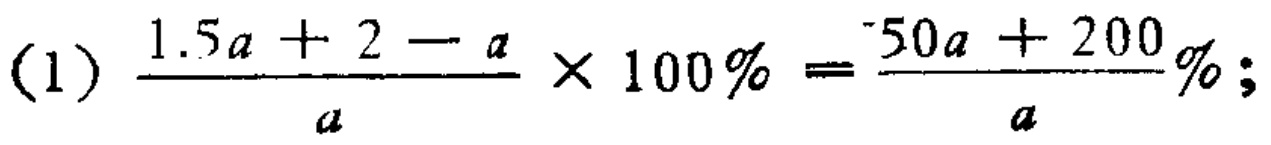
\[(1)\ \frac{1.5a + 2 - a}{a} \times 100\% = \frac{50a + 200}{a}\%;\]